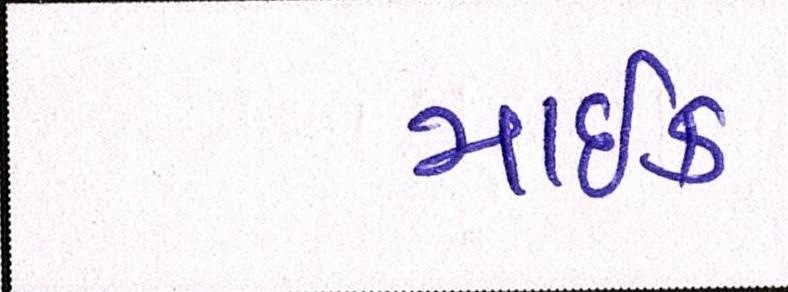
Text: માઇક